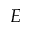
{ \cal E }